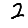
Digit: 2